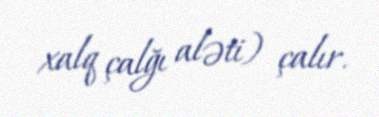
xalq çalğı aləti) çalır.